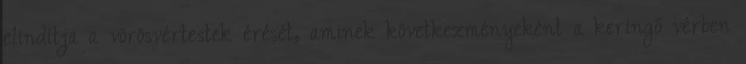
elindítja a vörösvértestek érését, aminek következményeként a keringő vérben